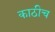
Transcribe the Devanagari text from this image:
काठीच